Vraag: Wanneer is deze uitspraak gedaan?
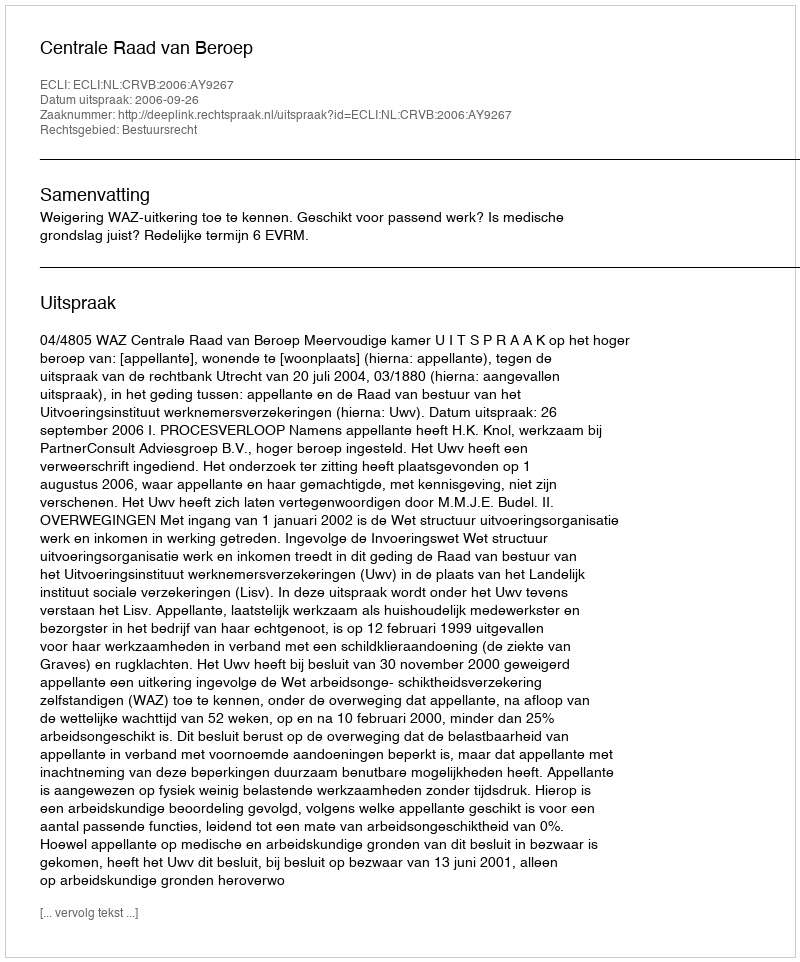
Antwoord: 2006-09-26